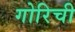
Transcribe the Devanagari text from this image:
गोरिची